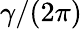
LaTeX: \gamma/(2\pi)